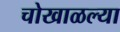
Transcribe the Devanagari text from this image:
चोखाळल्या